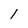
Character: 1